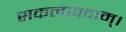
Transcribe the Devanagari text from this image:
सकलापदाम्‌।